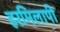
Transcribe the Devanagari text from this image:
हरमिलापी